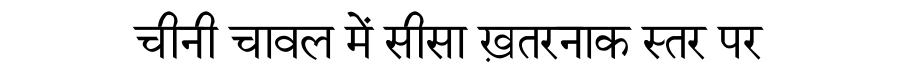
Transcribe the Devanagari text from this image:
चीनी चावल में सीसा ख़तरनाक स्तर पर